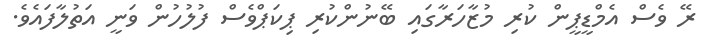
ރޭ ވެސް އެމްޑީޕީން ކުރި މުޒާހަރާގައި ބޭނުންކުރި ޕިކަޕްވެސް ފުލުހުން ވަނީ އަތުލާފައެވެ.